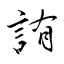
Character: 詴